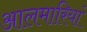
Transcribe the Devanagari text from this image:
आलमारियां